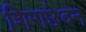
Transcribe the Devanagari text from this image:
शिराछेदन